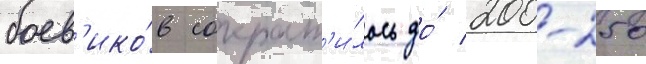
боев'ико́в сократ'и́лось до́ 200-250